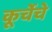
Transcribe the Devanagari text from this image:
कूर्चेचे